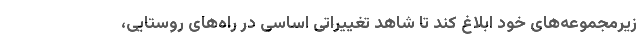
زیرمجموعه‌های خود ابلاغ کند تا شاهد تغییراتی اساسی در راه‌های روستایی،